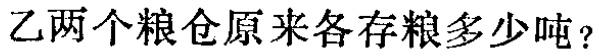
甲乙两个粮仓原来各存粮多少吨？